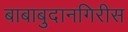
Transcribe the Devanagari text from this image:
बाबाबुदानगिरीस